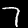
Digit: 7